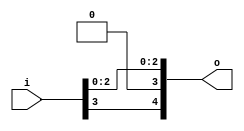
// This program was cloned from: https://github.com/NYU-MLDA/OpenABC
// License: BSD 3-Clause "New" or "Revised" License

module bsg_unconcentrate_static_17
(
  i,
  o
);

  input [3:0] i;
  output [4:0] o;
  wire [4:0] o;
  wire o_4_,o_2_,o_1_,o_0_;
  assign o[3] = 1'b0;
  assign o_4_ = i[3];
  assign o[4] = o_4_;
  assign o_2_ = i[2];
  assign o[2] = o_2_;
  assign o_1_ = i[1];
  assign o[1] = o_1_;
  assign o_0_ = i[0];
  assign o[0] = o_0_;

endmodule